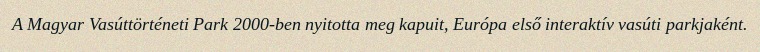
A Magyar Vasúttörténeti Park 2000-ben nyitotta meg kapuit, Európa első interaktív vasúti parkjaként.